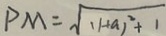
P M = \sqrt { ( 1 + a ) ^ { 2 } + 1 }